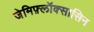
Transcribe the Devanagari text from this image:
जेमिफ़्लॉक्सासिन